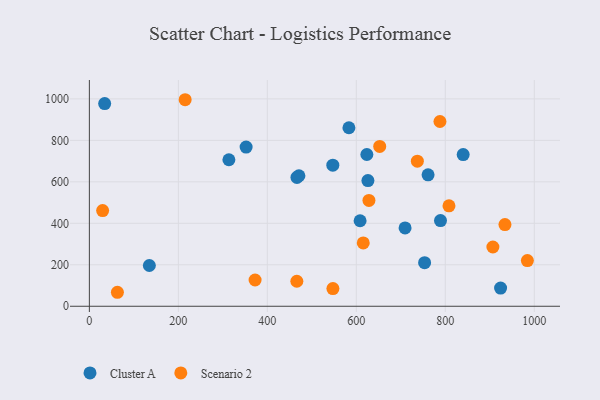
{"axis": {"x": "Study Hours", "y": "Profit"}, "legend": ["Cluster A", "Scenario 2"], "data": [{"x": "134.8", "y": 196.6, "type": "Cluster A"}, {"x": "352.3", "y": 767.5, "type": "Cluster A"}, {"x": "840.2", "y": 731.2, "type": "Cluster A"}, {"x": "761.3", "y": 633.9, "type": "Cluster A"}, {"x": "34.4", "y": 977.1, "type": "Cluster A"}, {"x": "623.7", "y": 731.8, "type": "Cluster A"}, {"x": "753.5", "y": 210.0, "type": "Cluster A"}, {"x": "583.4", "y": 860.7, "type": "Cluster A"}, {"x": "789.2", "y": 413.3, "type": "Cluster A"}, {"x": "313.6", "y": 706.5, "type": "Cluster A"}, {"x": "709.6", "y": 377.5, "type": "Cluster A"}, {"x": "466.6", "y": 621.4, "type": "Cluster A"}, {"x": "547.2", "y": 680.5, "type": "Cluster A"}, {"x": "626.1", "y": 605.8, "type": "Cluster A"}, {"x": "924.3", "y": 87.5, "type": "Cluster A"}, {"x": "608.5", "y": 412.2, "type": "Cluster A"}, {"x": "471.0", "y": 629.3, "type": "Cluster A"}, {"x": "652.6", "y": 770.7, "type": "Scenario 2"}, {"x": "63.0", "y": 67.4, "type": "Scenario 2"}, {"x": "628.4", "y": 510.2, "type": "Scenario 2"}, {"x": "547.4", "y": 85.3, "type": "Scenario 2"}, {"x": "907.0", "y": 285.8, "type": "Scenario 2"}, {"x": "984.5", "y": 220.2, "type": "Scenario 2"}, {"x": "466.3", "y": 120.5, "type": "Scenario 2"}, {"x": "29.8", "y": 461.4, "type": "Scenario 2"}, {"x": "615.6", "y": 305.6, "type": "Scenario 2"}, {"x": "215.3", "y": 995.9, "type": "Scenario 2"}, {"x": "934.1", "y": 393.7, "type": "Scenario 2"}, {"x": "737.2", "y": 699.4, "type": "Scenario 2"}, {"x": "372.5", "y": 126.5, "type": "Scenario 2"}, {"x": "808.3", "y": 484.4, "type": "Scenario 2"}, {"x": "788.0", "y": 891.0, "type": "Scenario 2"}]}